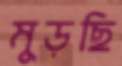
মুড়ছি